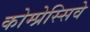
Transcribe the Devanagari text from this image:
कोम्प्रेस्सिवे